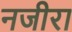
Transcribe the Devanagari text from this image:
नजीरा